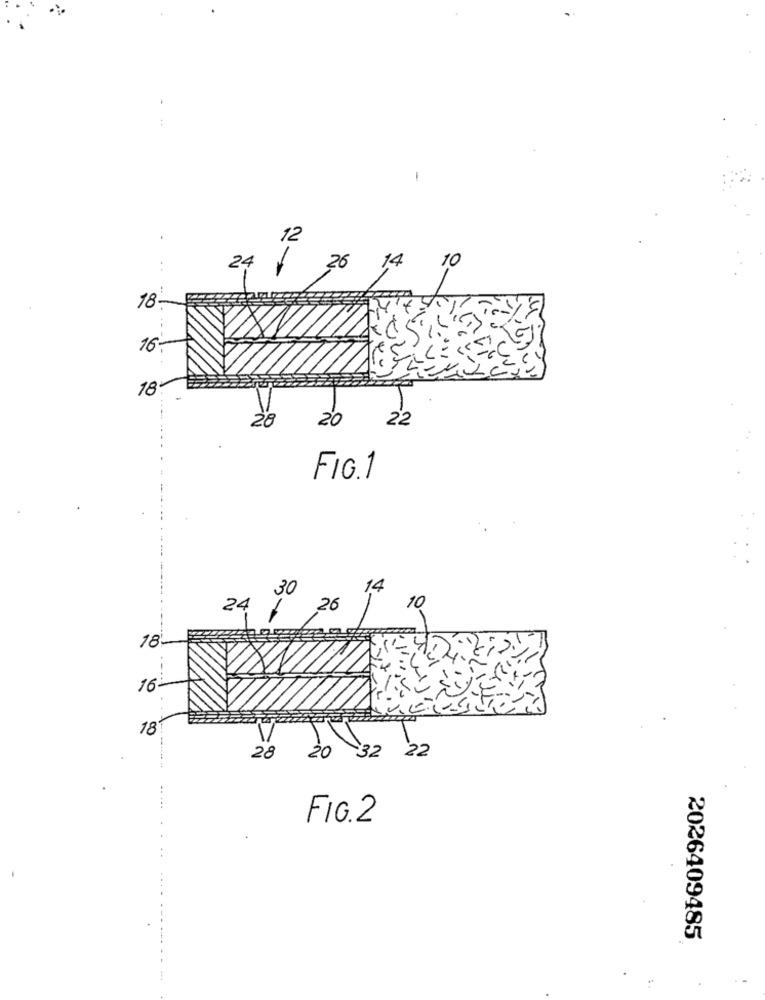
-
12
24
26
14
10
18
16:
18-
28
20
22
FIG. 1
30
14
24
26
10
18
16
18
28 20 32 22
FIG.2
2026409485
.